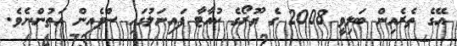
އޭގެ ތެރެއިން ބަލިވީ 2008 ގެ ޔޫރޯގެ ކުއާޓާ ފައިނަލުގައި ސްޕެއިން އަތުންނެވެ.